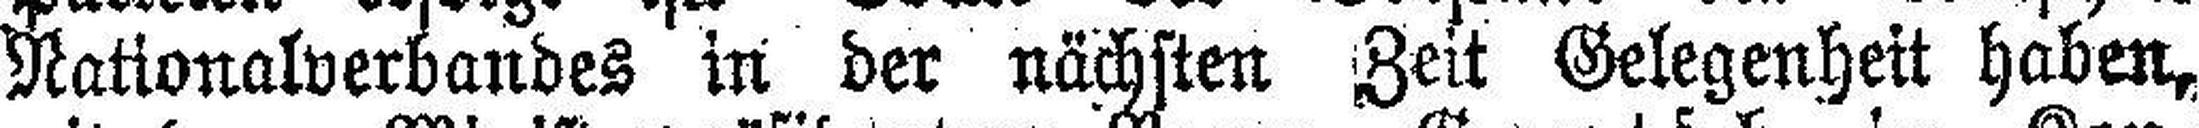
Nationalverbandes in der nächsten Zeit Gelegenheit haben,